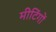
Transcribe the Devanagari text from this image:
मीटिंगों